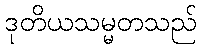
ဒုတိယသမ္မတသည်